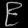
Digit: ၉